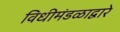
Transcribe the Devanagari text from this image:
विधीमंडळाद्वारे